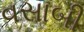
વસાબી